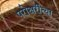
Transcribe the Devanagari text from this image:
परोक्षरीत्या